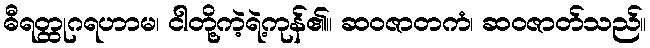
ဓီရတ္ထုဂရဟာမ၊ ငါတို့ကဲ့ရဲ့ကုန်၏။ ဆဝဇာတကံ၊ ဆဝဇာတ်သည်။